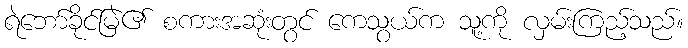
ရဲဘော်ခိုင်မြဲ၏ စကားအဆုံးတွင် ကေသွယ်က သူ့ကို လှမ်းကြည့်သည်။